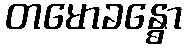
တမောခန္ဓော